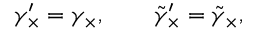
\gamma _ { \times } ^ { \prime } = \gamma _ { \times } , \qquad \tilde { \gamma } _ { \times } ^ { \prime } = \tilde { \gamma } _ { \times } ,